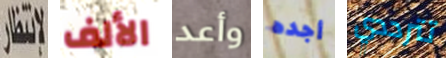
لانتظار الألف وأعد أجده تترددي